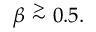
\beta \stackrel { > } { \sim } 0 . 5 .